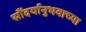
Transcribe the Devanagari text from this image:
सौंदर्यानुभवाच्या